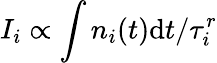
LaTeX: I_{i}\propto\int n_{i}(t)\mathrm{d}t/\tau_{i}^{r}